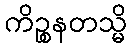
ကိဉ္စနတသ္မိ